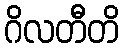
ဂိလတီတိ